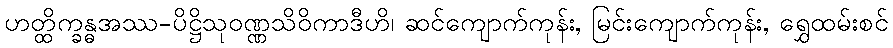
ဟတ္ထိက္ခန္ဓအဿ-ပိဋ္ဌိသုဝဏ္ဏသိဝိကာဒီဟိ၊ ဆင်ကျောက်ကုန်း, မြင်းကျောက်ကုန်း, ရွှေထမ်းစင်